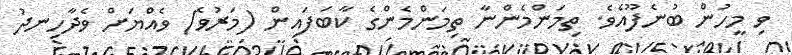
ވި މީހުން ބުނެފޫއެވެ. ތިމަންމެންނާ ތިމަންމެންގެ ކާބަފައިން (މަރުވެ) ވެއްޔަށް ވެދާހިނދު